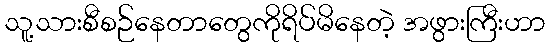
သူ့သားစီစဉ်နေတာတွေကိုရိပ်မိနေတဲ့ အဖွားကြီးဟာ